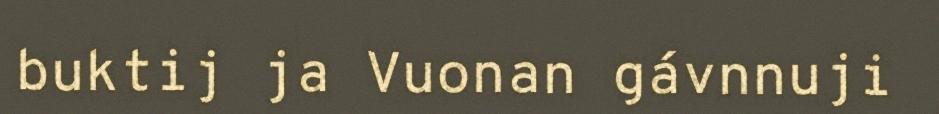
buktij ja Vuonan gávnnuji